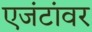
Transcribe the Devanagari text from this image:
एजंटांवर